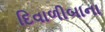
દિવાળીબાના